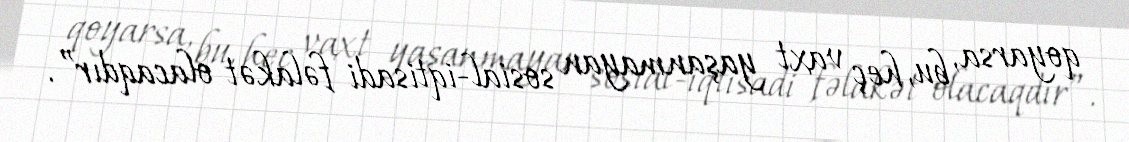
qoyarsa, bu, heç vaxt yaşanmayan sosial-iqtisadi fəlakət olacaqdır”.